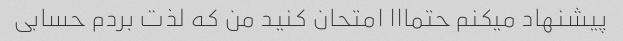
پیشنهاد میکنم حتمااا امتحان کنید من که لذت بردم حسابی